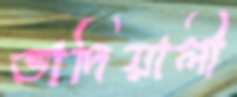
ভাদিয়ালী